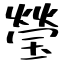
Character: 瑩